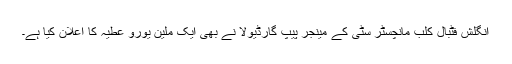
انگلش فٹبال کلب مانچسٹر سٹی کے مینجر پیپ گارڈیولا نے بھی ایک ملین یورو عطیہ کا اعلان کیا ہے۔